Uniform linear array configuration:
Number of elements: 24
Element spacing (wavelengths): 1
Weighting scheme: binomial
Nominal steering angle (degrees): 45
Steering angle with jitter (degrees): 44.859
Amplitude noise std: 0.05
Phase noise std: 0.05

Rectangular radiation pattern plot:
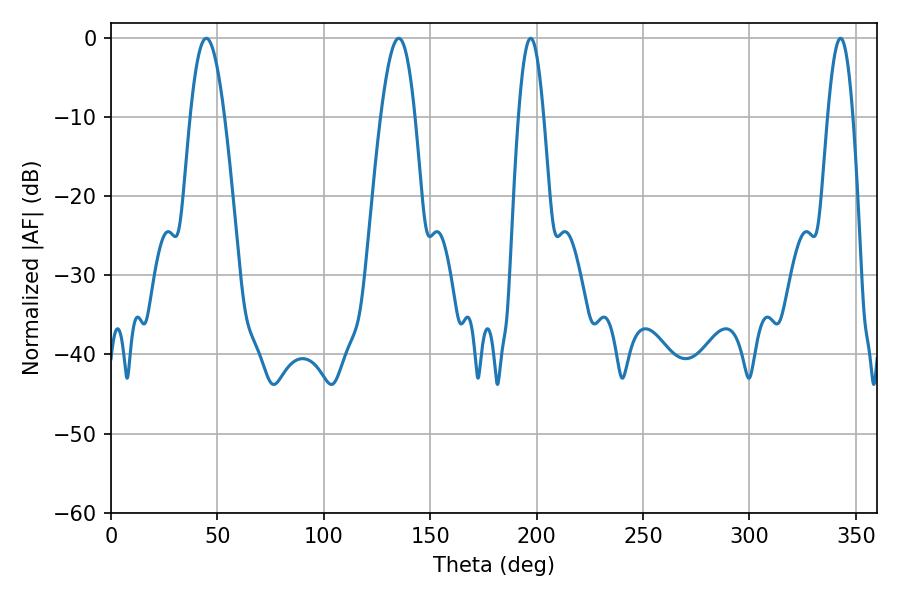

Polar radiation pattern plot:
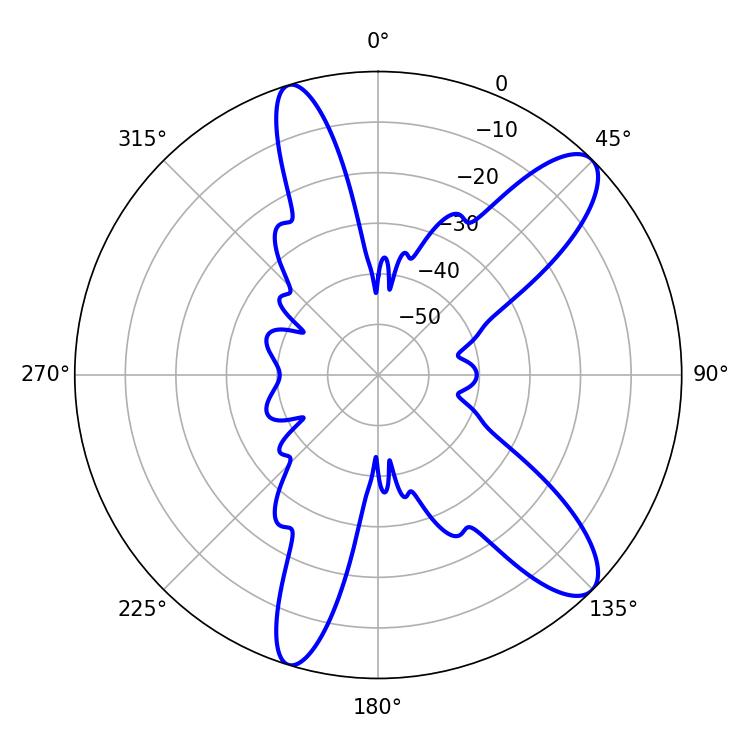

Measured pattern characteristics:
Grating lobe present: TRUE
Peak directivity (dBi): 10.948
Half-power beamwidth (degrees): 8.82
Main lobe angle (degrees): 44.82